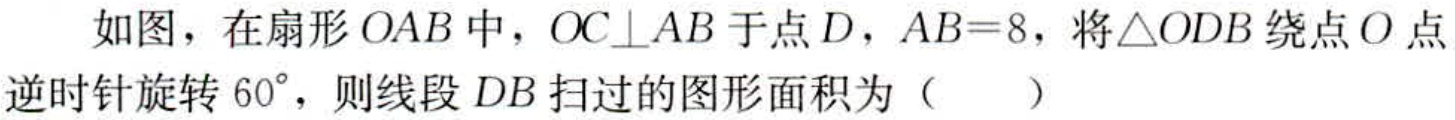
如图，在扇形\(OAB\)中，\(OC\perp AB\)于点\(D\)，\(AB = 8\)，将\(\triangle ODB\)绕点\(O\)点逆时针旋转\(60^{\circ}\)，则线段\(DB\)扫过的图形面积为（  ）